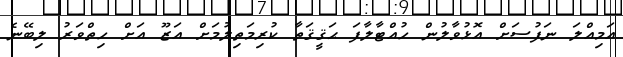
އަމިއްލަ ނަފުސަށް އޮޅުވާލުން ހުއްޓާލާފަ ޙަޤީޤަތާ ކުރިމަތިލުމަށް އަޒޫ އަށް ހިތްވަރު ލިބޭނެ